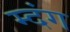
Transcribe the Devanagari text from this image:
म्दंग